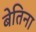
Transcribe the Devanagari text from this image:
बेतिना